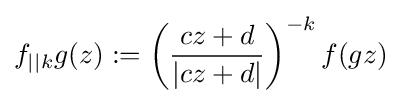
f_{||k}g(z):=\left({\frac {cz+d}{|cz+d|}}\right)^{-k}f(gz)